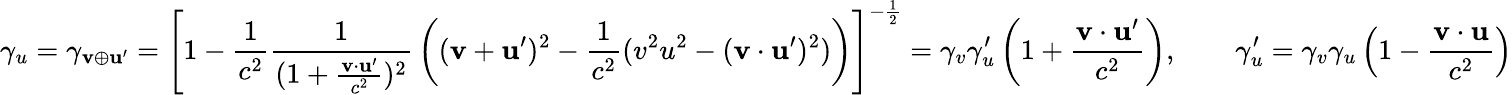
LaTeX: \gamma_{u}=\gamma_{\mathbf{v}\oplus\mathbf{u}^{\prime}}=\left[1-{\frac{1}{c^{2}}}{\frac{1}{(1+{\frac{\mathbf{v}\cdot\mathbf{u}^{\prime}}{c^{2}}})^{2}}}\left((\mathbf{v}+\mathbf{u}^{\prime})^{2}-{\frac{1}{c^{2}}}(v^{2}u^{2}-(\mathbf{v}\cdot\mathbf{u}^{\prime})^{2})\right)\right]^{-{\frac{1}{2}}}=\gamma_{v}\gamma_{u}^{\prime}\left(1+{\frac{\mathbf{v}\cdot\mathbf{u}^{\prime}}{c^{2}}}\right),\quad\quad\gamma_{u}^{\prime}=\gamma_{v}\gamma_{u}\left(1-{\frac{\mathbf{v}\cdot\mathbf{u}}{c^{2}}}\right)